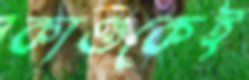
কাণ্ডকেই